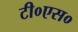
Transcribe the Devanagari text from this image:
टी०एस०